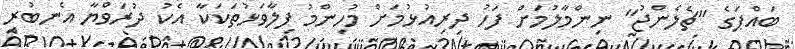
ބައްޕަގެ "ޗެލެންޖު" ނިންމާލުމަށް ފަހު ދިރިއުޅުމަށް މުހިންމު ފިލާވަޅުތަކަކާ އެކު ދުރަވްޔާ އެނބުރި